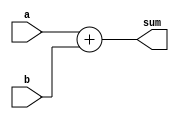
module adder_4bit(
    input [3:0] a,
    input [3:0] b,
    output [3:0] sum
);

wire [4:0] c; // carry

assign {c[1], sum} = a + b;

assign c[4] = c[1];

endmodule